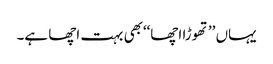
یہاں ’’تھوڑا اچھا‘‘بھی بہت اچھا ہے۔